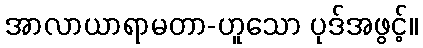
အာလာယာရာမတာ-ဟူသော ပုဒ်အဖွင့်။